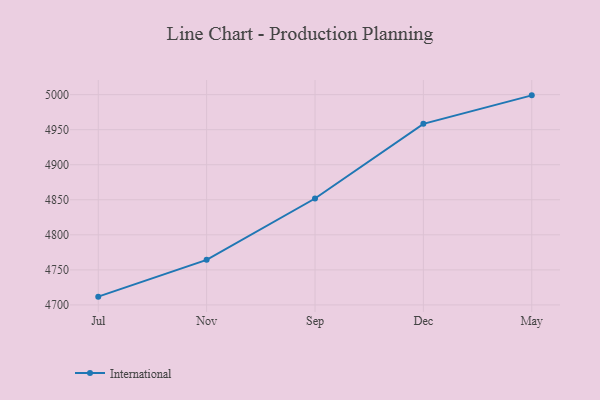
{"axis": {"x": "Month", "y": "Net Income (USD K)"}, "legend": ["International"], "data": [{"x": "Jul", "y": 4711.8, "type": "International"}, {"x": "Nov", "y": 4764.3, "type": "International"}, {"x": "Sep", "y": 4851.8, "type": "International"}, {"x": "Dec", "y": 4958.4, "type": "International"}, {"x": "May", "y": 4999.0, "type": "International"}]}